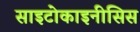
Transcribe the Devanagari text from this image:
साइटोकाइनीसिस